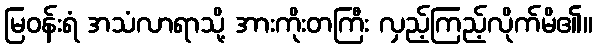
မြဝန်းရံ အသံလာရာသို့ အားကိုးတကြီး လှည့်ကြည့်လိုက်မိ၏။